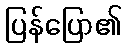
ပြန်ပြော၏